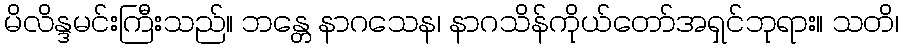
မိလိန္ဒမင်းကြီးသည်။ ဘန္တေ နာဂသေန၊ နာဂသိန်ကိုယ်တော်အရှင်ဘုရား။ သတိ၊